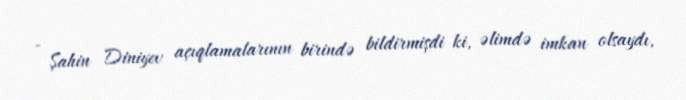
- Şahin Diniyev açıqlamalarının birində bildirmişdi ki, əlimdə imkan olsaydı,